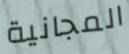
المجانية